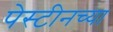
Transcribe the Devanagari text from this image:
पेस्टीनच्या